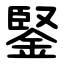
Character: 鋻